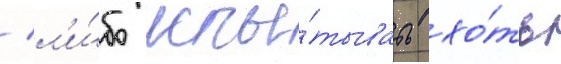
/ л'и́бо испы́тывать хо́ть